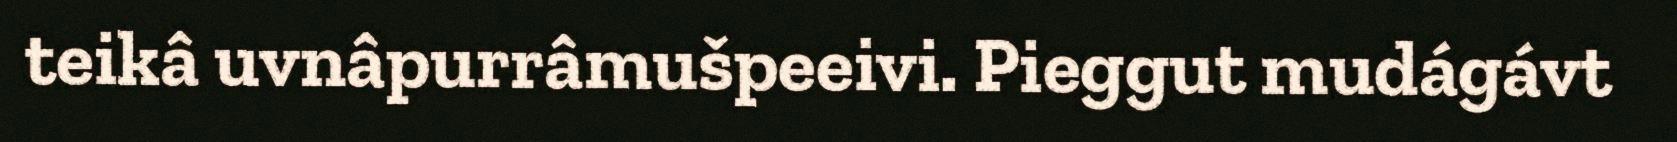
teikâ uvnâpurrâmušpeeivi. Pieggut mudágávt